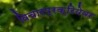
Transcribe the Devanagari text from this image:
विचारप्रक्रियेवर